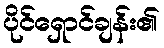
ပိုင်ရှောင်ချန်း၏